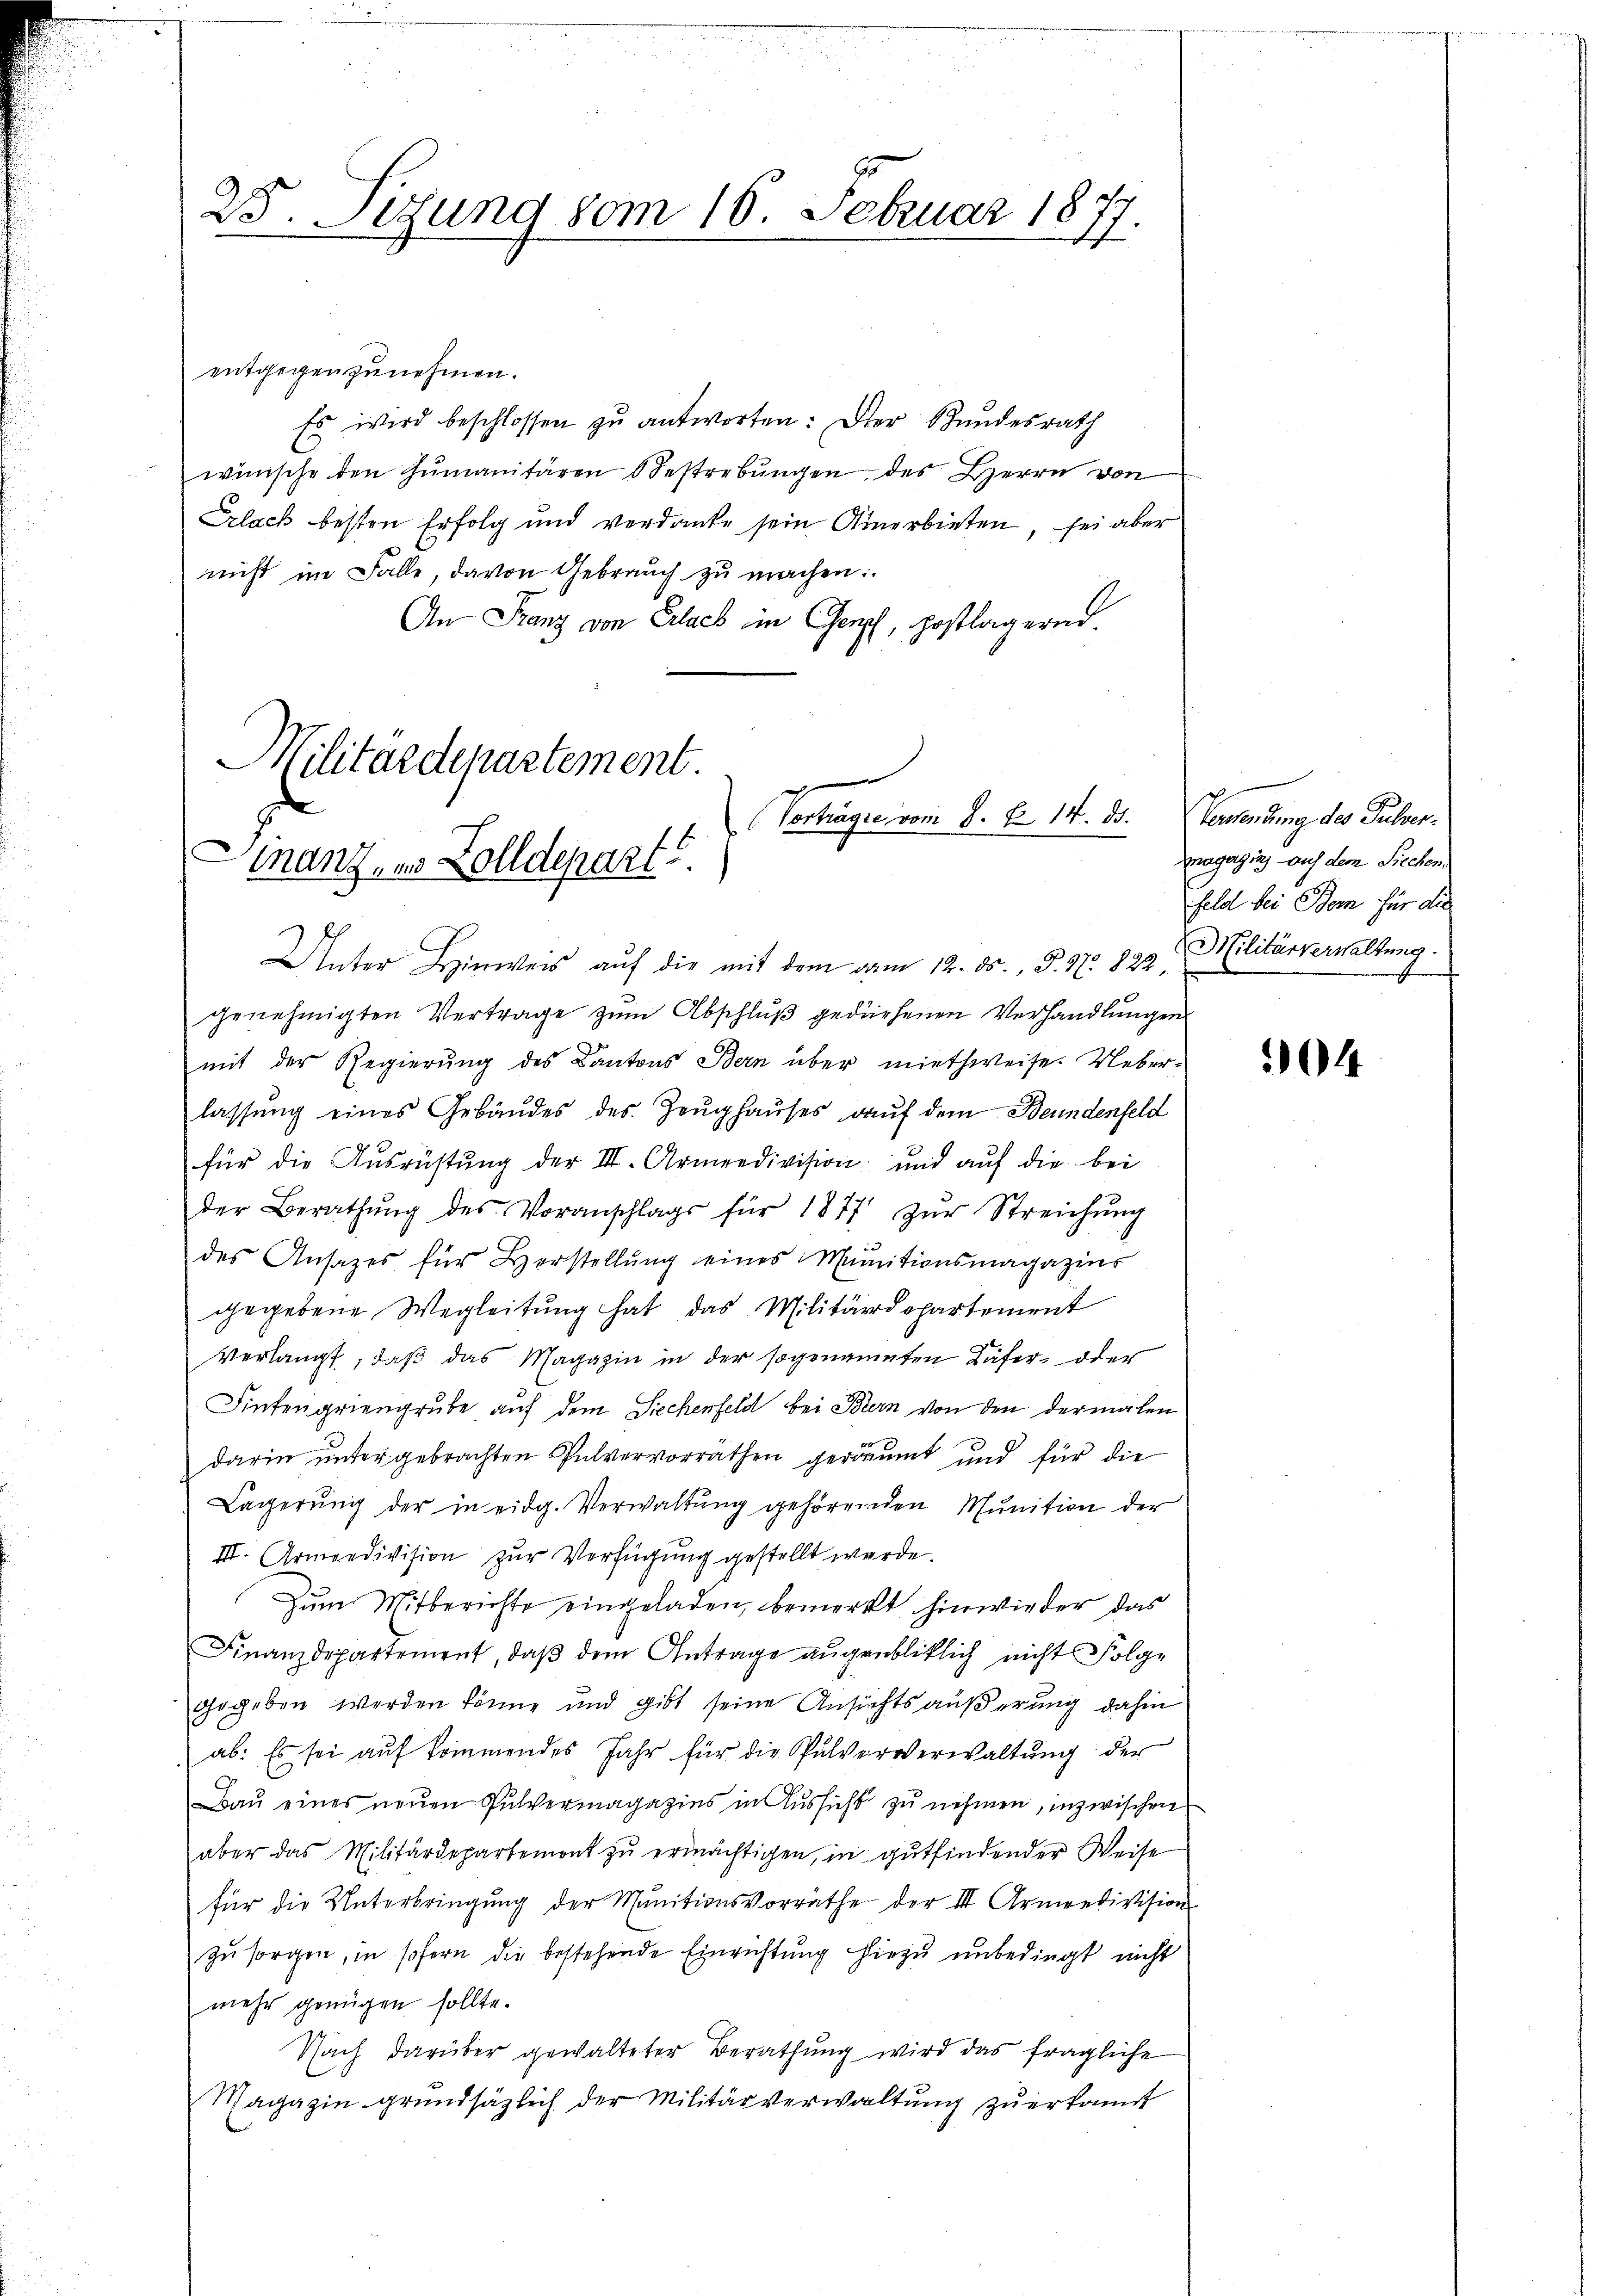
25. Sitzung vom 18. Februar 1877
d

entgegen zunehmen.
Es wird beschlossen zu antworten: Der Bundesrath
wünsche den Humanitären Bestrebungen des Herrn von
Crlach besten Erfolg und verdanke sein Anerbieten, sei aber
nicht im Falle, davon Gebrauch zu machen:
An Franz von Erlach in Genf, postlagernd.

Militärdepartement.
.
Vorträge vom 8. Fr. 14. ds.
Finanz, es Zolldepart
Unter Hinweis auf die mit dem vom 12. ds., P. Nr. 822. Militärverwaltung.

genehmigten Vertrage zum Abschluß gediehenen Verhandlungen
mit der Regierung des Kantons Bern über miethweise. Ueberlassung eines Gebäudes des Zeughauses auf dem Beundenfeld
für die Aŭsrüstŭng der III. Armeedivision und aŭf die bei
der Berathŭng des Voranschlags für 1877 zŭr Streichŭng
des Ansatzes für Herstellung eines Munitionsmagazins
gegebene Wegleitung hat das Militärdepartement
Verlangt, daß das Magazin in der sogenannten Käfer- oder
Fintengriengrube auf dem Siechenfeld bei Bern von den dermalen
darin unter gebrachten Pulvervorräthen geräumt und für die
Lagerŭng der in eidg. Verwaltŭng gehörenden Munition der
III. Armeedivision zur Verfügung gestellt werde.
Zum Mitberichte eingeladen, bemerkt hinwieder das
Finanzdepartement, daß dem Antrage augenblicklich nicht Folge
gegeben werden könne und gibt seine Ansichts äußerung dahin
ab: Es sei aŭf kommendes Jahr für die Pulververwaltung der
Baŭ eines neŭen Pulvermagazins in Aŭssicht zŭ nehmen, inzwischen
aber das Militärdepartemont zu ermächtigen, in gutfindender Weise
für die Unterbringung der Munitionsvorräthe der III Armeedivision
zŭ sorgen, in sofern die bestehende Einrichtung hiezu unbedingt nicht
mehr genügen sollte.
Nach darüber gewalteter Berathung wird das fragliche
Magazin grundsätzlich der Militärverwaltung zu erkannt

Versendung des Pulverraganging auch dem Siechen
Feld bei Bern für die

04